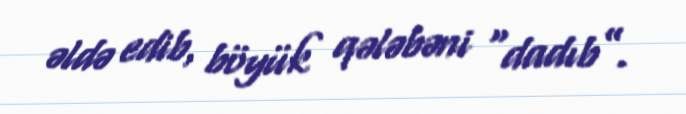
əldə edib, böyük qələbəni “dadıb”.